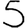
Digit: 5